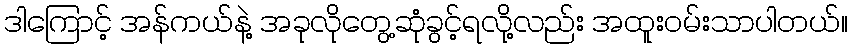
ဒါကြောင့် အန်ကယ်နဲ့ အခုလိုတွေ့ဆုံခွင့်ရလို့လည်း အထူးဝမ်းသာပါတယ်။